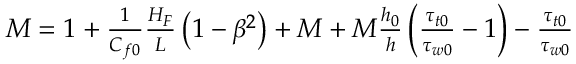
\begin{array} { r } { M = 1 + \frac { 1 } { C _ { f 0 } } \frac { H _ { F } } { L } \left( 1 - \beta ^ { 2 } \right) + M + M \frac { h _ { 0 } } { h } \left( \frac { \tau _ { t 0 } } { \tau _ { w 0 } } - 1 \right) - \frac { \tau _ { t 0 } } { \tau _ { w 0 } } } \end{array}